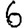
Digit: 6